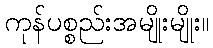
ကုန်ပစ္စည်းအမျိုးမျိုး။